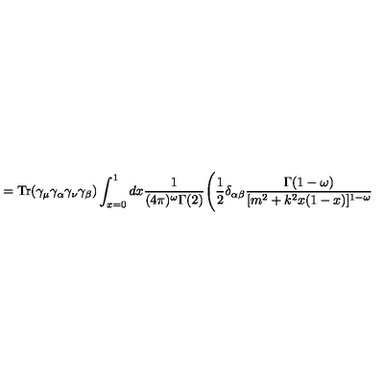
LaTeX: = \mathrm { T r } ( \gamma _ { \mu } \gamma _ { \alpha } \gamma _ { \nu } \gamma _ { \beta } ) \int _ { x = 0 } ^ { 1 } d x \frac { 1 } { ( 4 \pi ) ^ { \omega } \Gamma ( 2 ) } \Bigg ( \frac { 1 } { 2 } \delta _ { \alpha \beta } \frac { \Gamma ( 1 - \omega ) } { [ m ^ { 2 } + k ^ { 2 } x ( 1 - x ) ] ^ { 1 - \omega } }